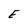
Character: E